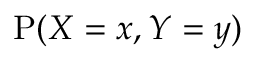
\operatorname { P } ( X = x , Y = y )